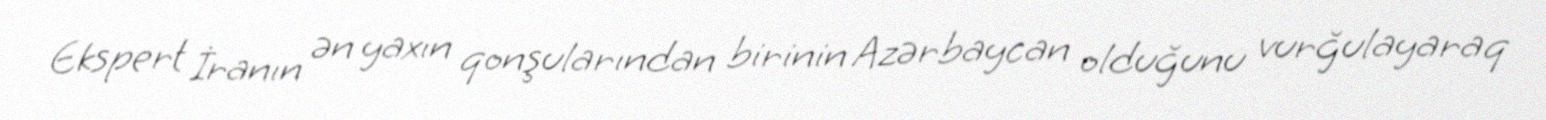
Ekspert İranın ən yaxın qonşularından birinin Azərbaycan olduğunu vurğulayaraq